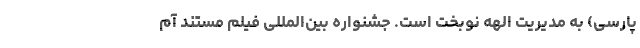
پارسی) به مدیریت الهه نوبخت است. جشنواره بین‌المللی فیلم مستند آم